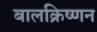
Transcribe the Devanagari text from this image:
बालक्रिष्णन